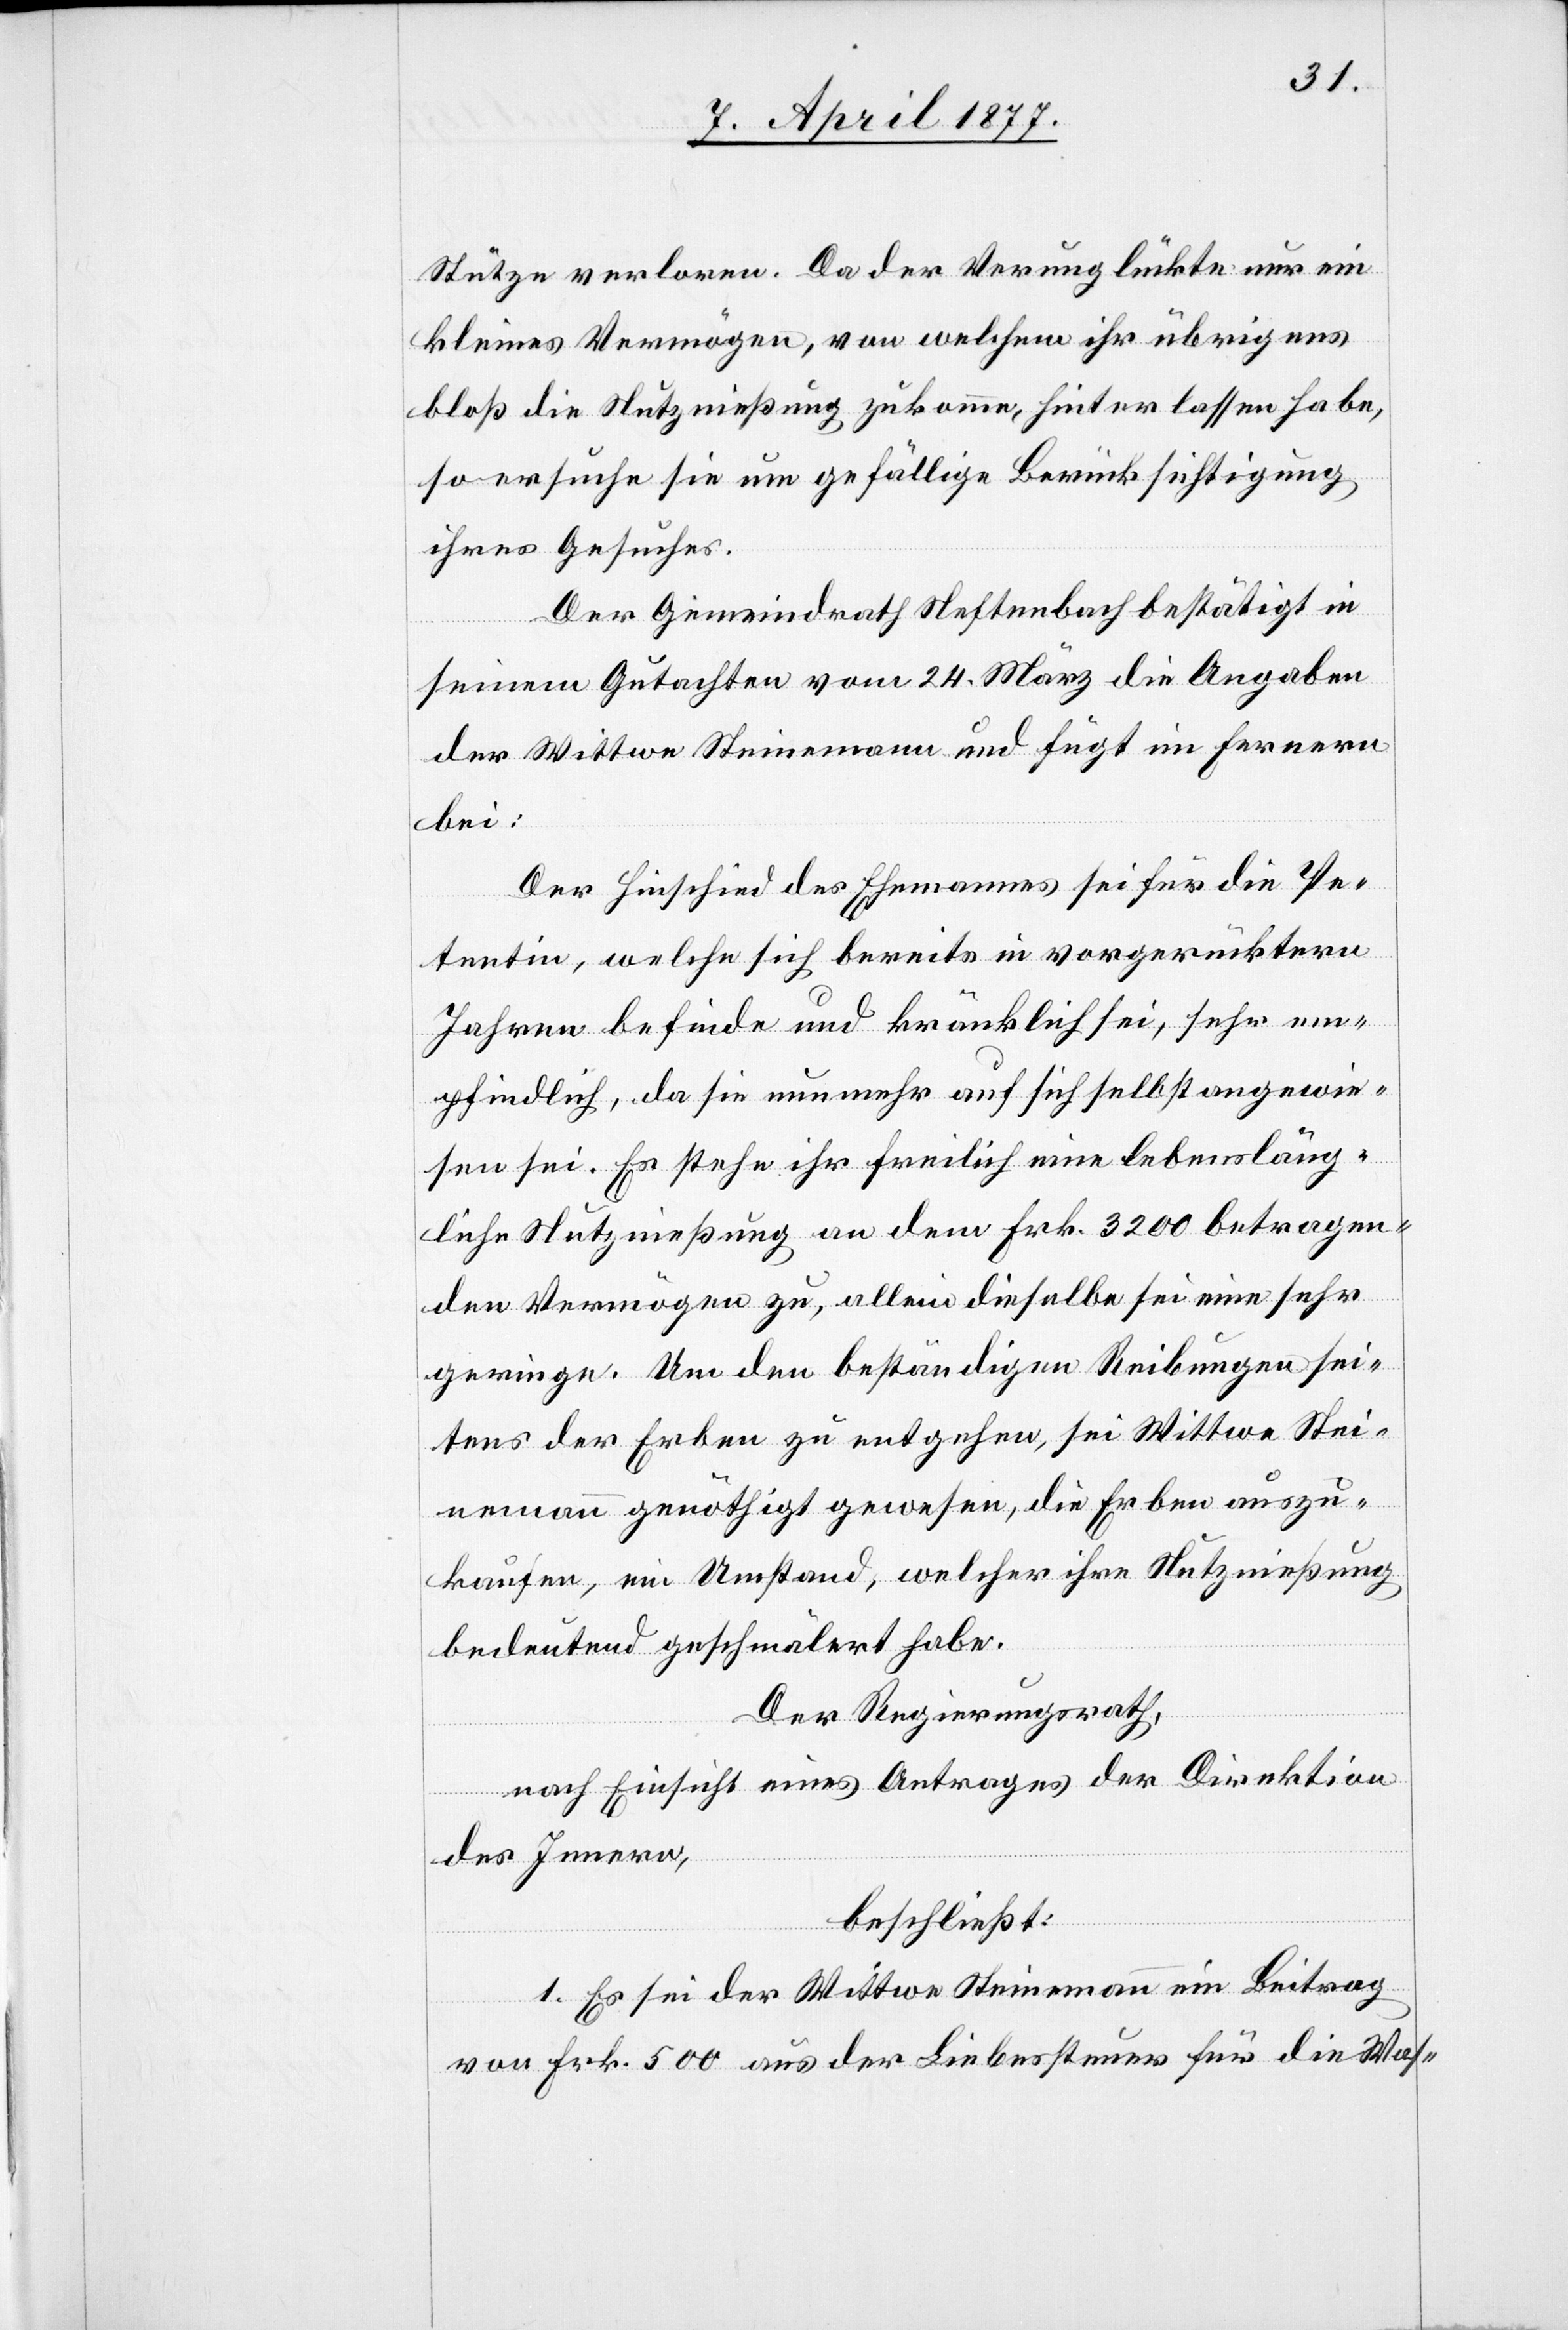
Stütze verloren. Da der Verunglückte nur ein
kleines Vermögen, von welchem ihr übrigens
bloß die Nutznießung zukomme, hinterlassen habe,
so ersuche sie um gefällige Berücksichtigung
ihres Gesuches.
Der Gemeindrath Neftenbach bestätigt in
seinem Gutachten vom 24. März die Angaben
der Wittwe Steinemann und fügt im Fernern
bei:
Der Hinschied des Ehemannes sei für die Pe¬
tentin, welche sich bereits in vorgerücktern
Jahren befinde und kränklich sei, sehr em¬
pfindlich, da sie nunmehr auf sich selbst angewie¬
sen sei. Es stehe ihr freilich eine lebensläng¬
liche Nutznießung an dem Frk. 3200 betragen¬
den Vermögen zu, allein dieselbe sei eine sehr
geringe. Um den beständigen Reibungen sei¬
tens der Erben zu entgehen, sei Wittwe Stei¬
nemann genöthigt gewesen, die Erben auszu¬
kaufen, ein Umstand, welcher ihre Nutznießung
bedeutend geschmälert habe.
Der Regierungsrath,
nach Einsicht eines Antrages der Direktion
des Innern,
beschließt:
1. Es sei der Wittwe Steinemann ein Beitrag
von Frk. 500 aus der Liebessteuer für die Was-